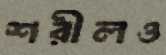
শরীলও